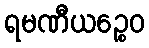
ရမဏီယဉ္စေဝ